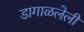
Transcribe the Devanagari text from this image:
डागाळलेली